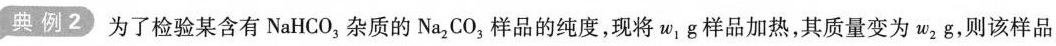
典例2 为了检验某含有\mathrm{NaHCO}_{3}，杂质的\mathrm{Na}_{2} \mathrm{CO}_{3}，样品的纯度，现将w_{1}g样品加热，其质量变为w_{2}g，则该样品